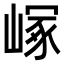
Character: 𡻑